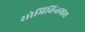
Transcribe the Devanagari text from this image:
सोभिचिन्तयाथ